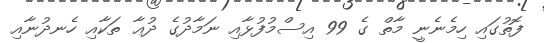
ފޮތުގައި ހިމެނެނީ މާތް ގެ 99 އިސްމުފުޅާއި ނަމާދުގެ ދުޢާ ތަކާއި ހެނދުނާއި